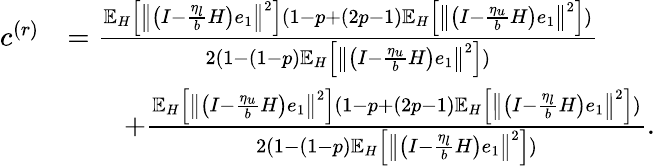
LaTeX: \begin{array}{rl}{c^{(r)}}&{=\frac{\mathbb{E}_{H}\left[\left\Vert\left(I-\frac{\eta_{l}}{b}H\right)e_{1}\right\Vert^{2}\right](1-p+(2p-1)\mathbb{E}_{H}\left[\left\Vert\left(I-\frac{\eta_{u}}{b}H\right)e_{1}\right\Vert^{2}\right])}{2(1-(1-p)\mathbb{E}_{H}\left[\left\Vert\left(I-\frac{\eta_{u}}{b}H\right)e_{1}\right\Vert^{2}\right])}}\\ &{\qquad+\frac{\mathbb{E}_{H}\left[\left\Vert\left(I-\frac{\eta_{u}}{b}H\right)e_{1}\right\Vert^{2}\right](1-p+(2p-1)\mathbb{E}_{H}\left[\left\Vert\left(I-\frac{\eta_{l}}{b}H\right)e_{1}\right\Vert^{2}\right])}{2(1-(1-p)\mathbb{E}_{H}\left[\left\Vert\left(I-\frac{\eta_{l}}{b}H\right)e_{1}\right\Vert^{2}\right])}.}\end{array}